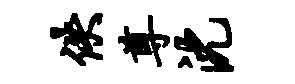
佚尊沈